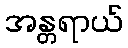
အန္တရာယ်